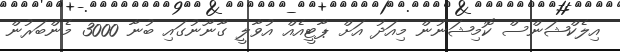
އިލެކްޝަންސް ކޮމިޝަނުން މިއަދު އަށް ޕާޓީއެއް އުވާލީ ގާނޫނުގައި ބުނާ 3000 މެންބަރުން